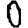
Digit: 0